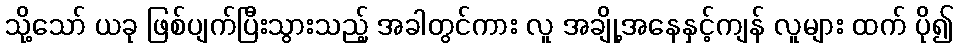
သို့သော် ယခု ဖြစ်ပျက်ပြီးသွားသည့် အခါတွင်ကား လူ အချို့အနေနှင့်ကျန် လူများ ထက် ပို၍